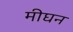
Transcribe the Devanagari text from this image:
मीघन